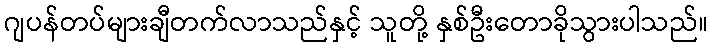
ဂျပန်တပ်များချီတက်လာသည်နှင့် သူတို့ နှစ်ဦးတောခိုသွားပါသည်။